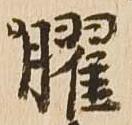
曜